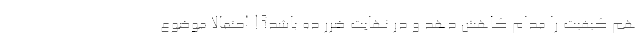
هم کیفیت را مدام کاهش دهد و در نهایت ضرر ده باشد؟! احتمالاً موضوع